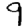
Digit: 9